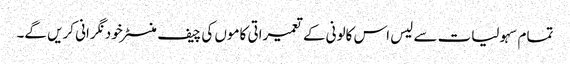
تمام سہولیات سے لیس اس کالونی کے تعمیراتی کاموں کی چیف منسٹر خود نگرانی کریں گے۔